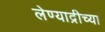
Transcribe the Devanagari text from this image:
लेण्याद्रीच्या